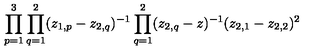
\prod _ { p = 1 } ^ { 3 } \prod _ { q = 1 } ^ { 2 } ( z _ { 1 , p } - z _ { 2 , q } ) ^ { - 1 } \prod _ { q = 1 } ^ { 2 } ( z _ { 2 , q } - z ) ^ { - 1 } ( z _ { 2 , 1 } - z _ { 2 , 2 } ) ^ { 2 }